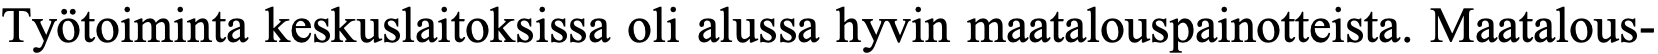
Työtoiminta keskuslaitoksissa oli alussa hyvin maatalouspainotteista. Maatalous-